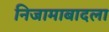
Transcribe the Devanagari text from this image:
निजामाबादला